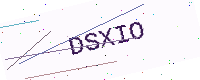
Text: DSXIO